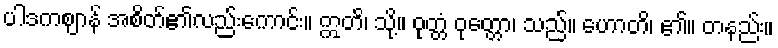
ပါဒကဈာန် အစိတ်၏လည်းကောင်း။ ဣတိ၊ သို့။ ဝုတ္တံ ဝုတ္တော၊ သည်။ ဟောတိ၊ ၏။ တနည်း။